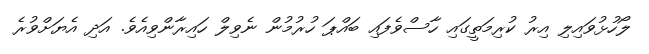
ލޯހުޅުވައިލި އިރު ކުރިމަތީގައި ހާސްވެފައި ބައްޕަ ހުރުމުން ނެވިލް ހައިރާންވިއެވެ. އަދި އެޔަށްވުރެ